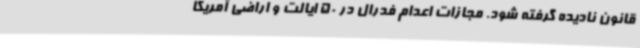
قانون نادیده گرفته شود. مجازات اعدام فدرال در 50 ایالت و اراضی آمریکا